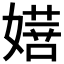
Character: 𭒔